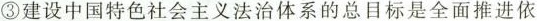
③建设中国特色社会主义法治体系的总目标是全面推进依